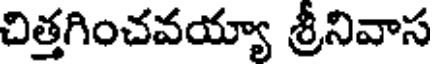
చిత్తగించవయ్యా శ్రీనివాస